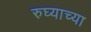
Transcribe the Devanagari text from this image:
रुघ्याच्या